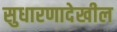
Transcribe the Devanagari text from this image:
सुधारणादेखील